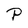
Character: P